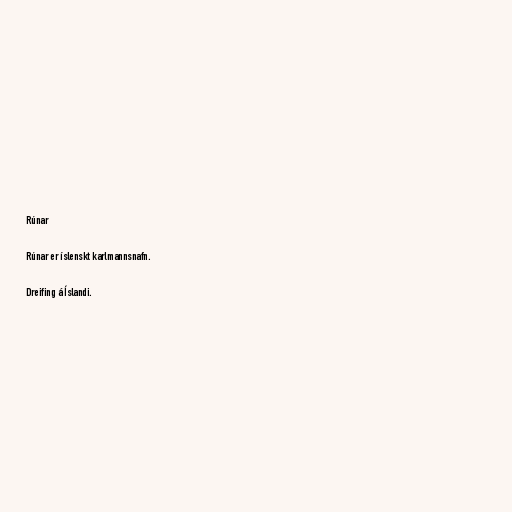
Rúnar

Rúnar er íslenskt karlmannsnafn.

Dreifing á Íslandi.